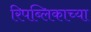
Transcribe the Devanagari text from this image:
रिपब्लिकाच्या